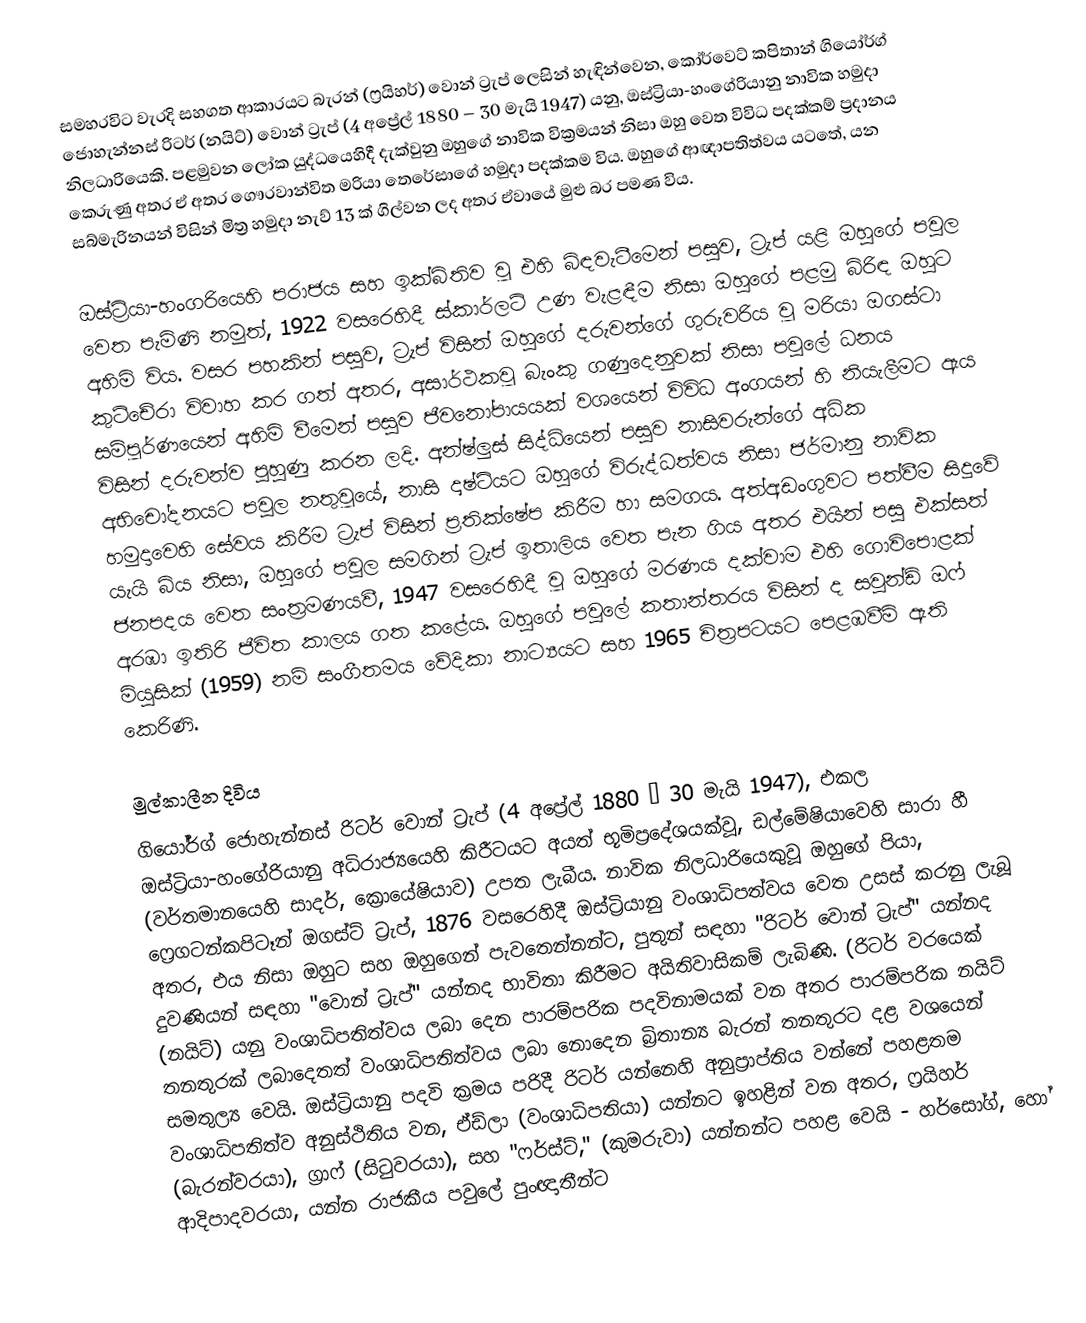
සමහරවිට වැරදි සහගත ආකාරයට බැරන් (ෆ්‍රයිහර්) වොන් ට්‍රැප් ලෙසින් හැඳින්වෙන, කෝර්වෙට් කපිතාන් ගියෝර්ග් ජොහැන්නස් රිටර් (නයිට්) වොන් ට්‍රැප් (4 අප්‍රේල් 1880 – 30 මැයි 1947) යනු,   ඔස්ට්‍රියා-හංගේරියානු නාවික හමුදා නිලධාරියෙකි. පළමුවන ලෝක යුද්ධයෙහිදී දැක්වුනු ඔහුගේ නාවික වික්‍රමයන් නිසා ඔහු වෙත විවිධ පදක්කම් ප්‍රදානය කෙරුණු අතර ඒ අතර ගෞරවාන්විත මරියා තෙරේසාගේ හමුදා පදක්කම විය. ඔහුගේ ආඥාපතිත්වය යටතේ,   යන සබ්මැරිනයන් විසින්  මිත්‍ර හමුදා නැව් 13 ක් ගිල්වන ලද අතර ඒවායේ මුළු බර  පමණ විය.

ඔස්ට්‍රියා-හංගරියෙහි පරාජය සහ ඉක්බිතිව වූ එහි බිඳවැටීමෙන් පසුව, ට්‍රැප් යළි ඔහුගේ පවුල වෙත පැමිණි නමුත්, 1922 වසරෙහිදී  ස්කාර්ලට් උණ වැළඳීම නිසා ඔහුගේ පළමු බිරිඳ ඔහුට අහිමි විය. වසර පහකින් පසුව, ට්‍රැප් විසින් ඔහුගේ දරුවන්ගේ ගුරුවරිය වූ මරියා ඔගස්ටා කුට්චේරා විවාහ කර ගත් අතර, අසාර්ථකවූ බැංකු ගණුදෙනුවක් නිසා පවුලේ ධනය සම්පූර්ණයෙන් අහිමි වීමෙන් පසුව ජීවනෝපායයක් වශයෙන් විවිධ අංගයන් හි නියැලීමට ඇය විසින් දරුවන්ව පුහුණු කරන ලදි. අන්ෂ්ලුස් සිද්ධියෙන් පසුව නාසිවරුන්ගේ අධික අභිචෝදනයට පවුල නතුවූයේ, නාසි දෘෂ්ටියට ඔහුගේ විරුද්ධත්වය නිසා ජර්මානු නාවික හමුදාවෙහි සේවය කිරීම ට්‍රැප් විසින් ප්‍රතික්ෂේප කිරීම හා සමගය. අත්අඩංගුවට පත්වීම සිදුවේ යැයි බිය නිසා, ඔහුගේ පවුල සමගින් ට්‍රැප් ඉතාලිය වෙත පැන ගිය අතර එයින් පසු එක්සත් ජනපදය වෙත සංත්‍රමණයවී, 1947 වසරෙහිදී වූ ඔහුගේ මරණය දක්වාම එහි ගොවිපොළක් අරඹා ඉතිරි ජීවිත කාලය ගත කළේය. ඔහුගේ පවුලේ කතාන්තරය විසින් ද සවුන්ඩ් ඔෆ් මියුසික් (1959) නම් සංගීතමය  වේදිකා නාට්‍යයට සහ 1965 චිත්‍රපටයට පෙළඹවීම් ඇති කෙරිණි.

මුල්කාලීන දිවිය
ගියෝර්ග් ජොහැන්නස් රිටර් වොන් ට්‍රැප් (4 අප්‍රේල් 1880 – 30 මැයි 1947),  එකල ඔස්ට්‍රියා-හංගේරියානු අධිරාජ්‍යයෙහි කිරීටයට අයත් භූමිප්‍රදේශයක්වූ, ඩල්මේෂියාවෙහි සාරා හී (වර්තමානයෙහි සාදර්, ක්‍රොයේෂියාව) උපත ලැබීය. නාවික නිලධාරියෙකුවූ ඔහුගේ පියා, ෆ්‍රෙගටන්කපිටෑන් ඔගස්ට් ට්‍රැප්, 1876 වසරෙහිදී ඔස්ට්‍රියානු වංශාධිපත්වය වෙත උසස් කරනු ලැබූ අතර, එය නිසා ඔහුට සහ ඔහුගෙන් පැවතෙන්නන්ට, පුතුන් සඳහා  "රිටර් වොන් ට්‍රැප්" යන්නද දුවණියන් සඳහා "වොන් ට්‍රැප්" යන්නද භාවිතා කිරීමට අයිතිවාසිකම් ලැබිණි.  (රිටර් වරයෙක් (නයිට්) යනු වංශාධිපතිත්වය ලබා දෙන පාරම්පරික පදවිනාමයක් වන අතර පාරම්පරික නයිට් තනතුරක් ලබාදෙතත් වංශාධිපතිත්වය ලබා නොදෙන බ්‍රිතාන්‍ය බැරන් තනතුරට දළ වශයෙන් සමතුල්‍ය වෙයි. ඔස්ට්‍රියානු පදවි ක්‍රමය පරිදී රිටර් යන්නෙහි අනුප්‍රාප්තිය වන්නේ පහළතම වංශාධිපතිත්ව අනුස්ථිතිය වන, ඒඩ්ලා (වංශාධිපතියා) යන්නට ඉහළින් වන අතර, ෆ්‍රයිහර් (බැරන්වරයා), ග්‍රාෆ් (සිටුවරයා), සහ "ෆර්ස්ට්," (කුමරුවා) යන්නන්ට පහළ වෙයි - හර්සෝග්, හෝ ආදිපාදවරයා, යන්න රාජකීය පවුලේ පුංඥාතීන්ට